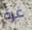
غرة